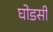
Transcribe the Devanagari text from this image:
घोडसी